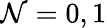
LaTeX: \mathcal{N}=0,1